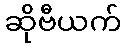
ဆိုဗီယက်